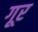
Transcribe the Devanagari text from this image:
गूर